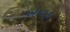
ખાવડા